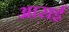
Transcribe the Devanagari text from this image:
आराई